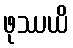
ဖုဿယိ